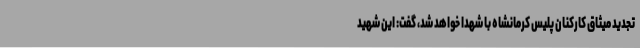
تجدید میثاق کارکنان پلیس کرمانشاه با شهدا خواهد شد، گفت: این شهید